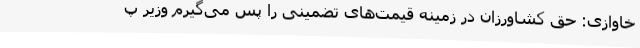
خاوازی: حق کشاورزان در زمینه قیمت‌های تضمینی را پس می‌گیرم وزیر پ